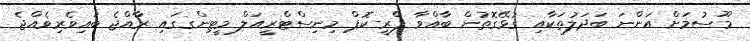
މޫސުމަށް އަންނަ ބަދަލުތަކާއި ގުޅޭގޮތުން ބާއްވާ ޕްރީ-ކޮޕް މިނިސްޓްރީއަލް މީޓިންގގައި ރާއްޖެ ބައިވެރިވެއްޖެ